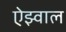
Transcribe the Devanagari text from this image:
ऐझ्वाल